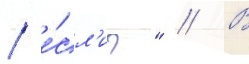
/ е́сл'и?" // В